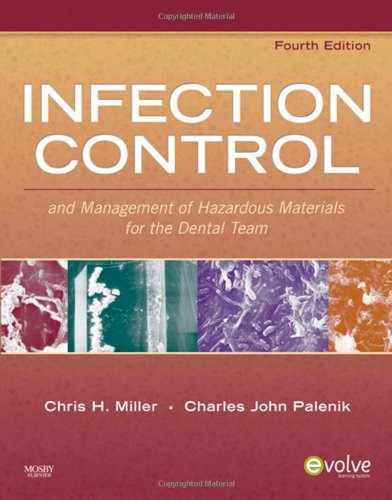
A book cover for Infection Control and Management of Hazardous Materials for the Dental Team, 4e (INFECTION CONTROL & MGT/ HAZARDOUS MAT/ DENTAL TEAM ( MILLER)); Chris H. Miller BA  MS  PhD; Medical Books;